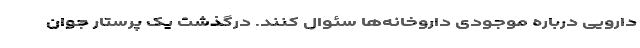
دارویی درباره موجودی داروخانه‌ها سئوال کنند. درگذشت یک پرستار جوان